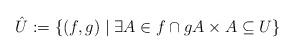
LaTeX: \begin{align*}\hat{U}:=\{(f,g)\mid \exists A\in f\cap g A\times A\subseteq U\}\end{align*}